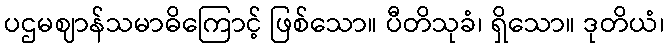
ပဌမဈာန်သမာဓိကြောင့် ဖြစ်သော။ ပီတိသုခံ၊ ရှိသော။ ဒုတိယံ၊